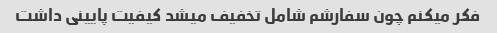
فکر میکنم چون سفارشم شامل تخفیف میشد کیفیت پایینی داشت